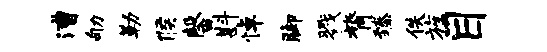
漕劬勒候馨斟悼脚戮膂臻佚旌目